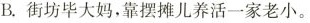
B.街坊毕大妈，靠摆摊儿养活一家老小。